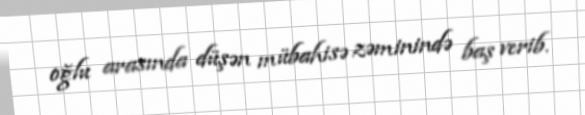
oğlu arasında düşən mübahisə zəminində baş verib.